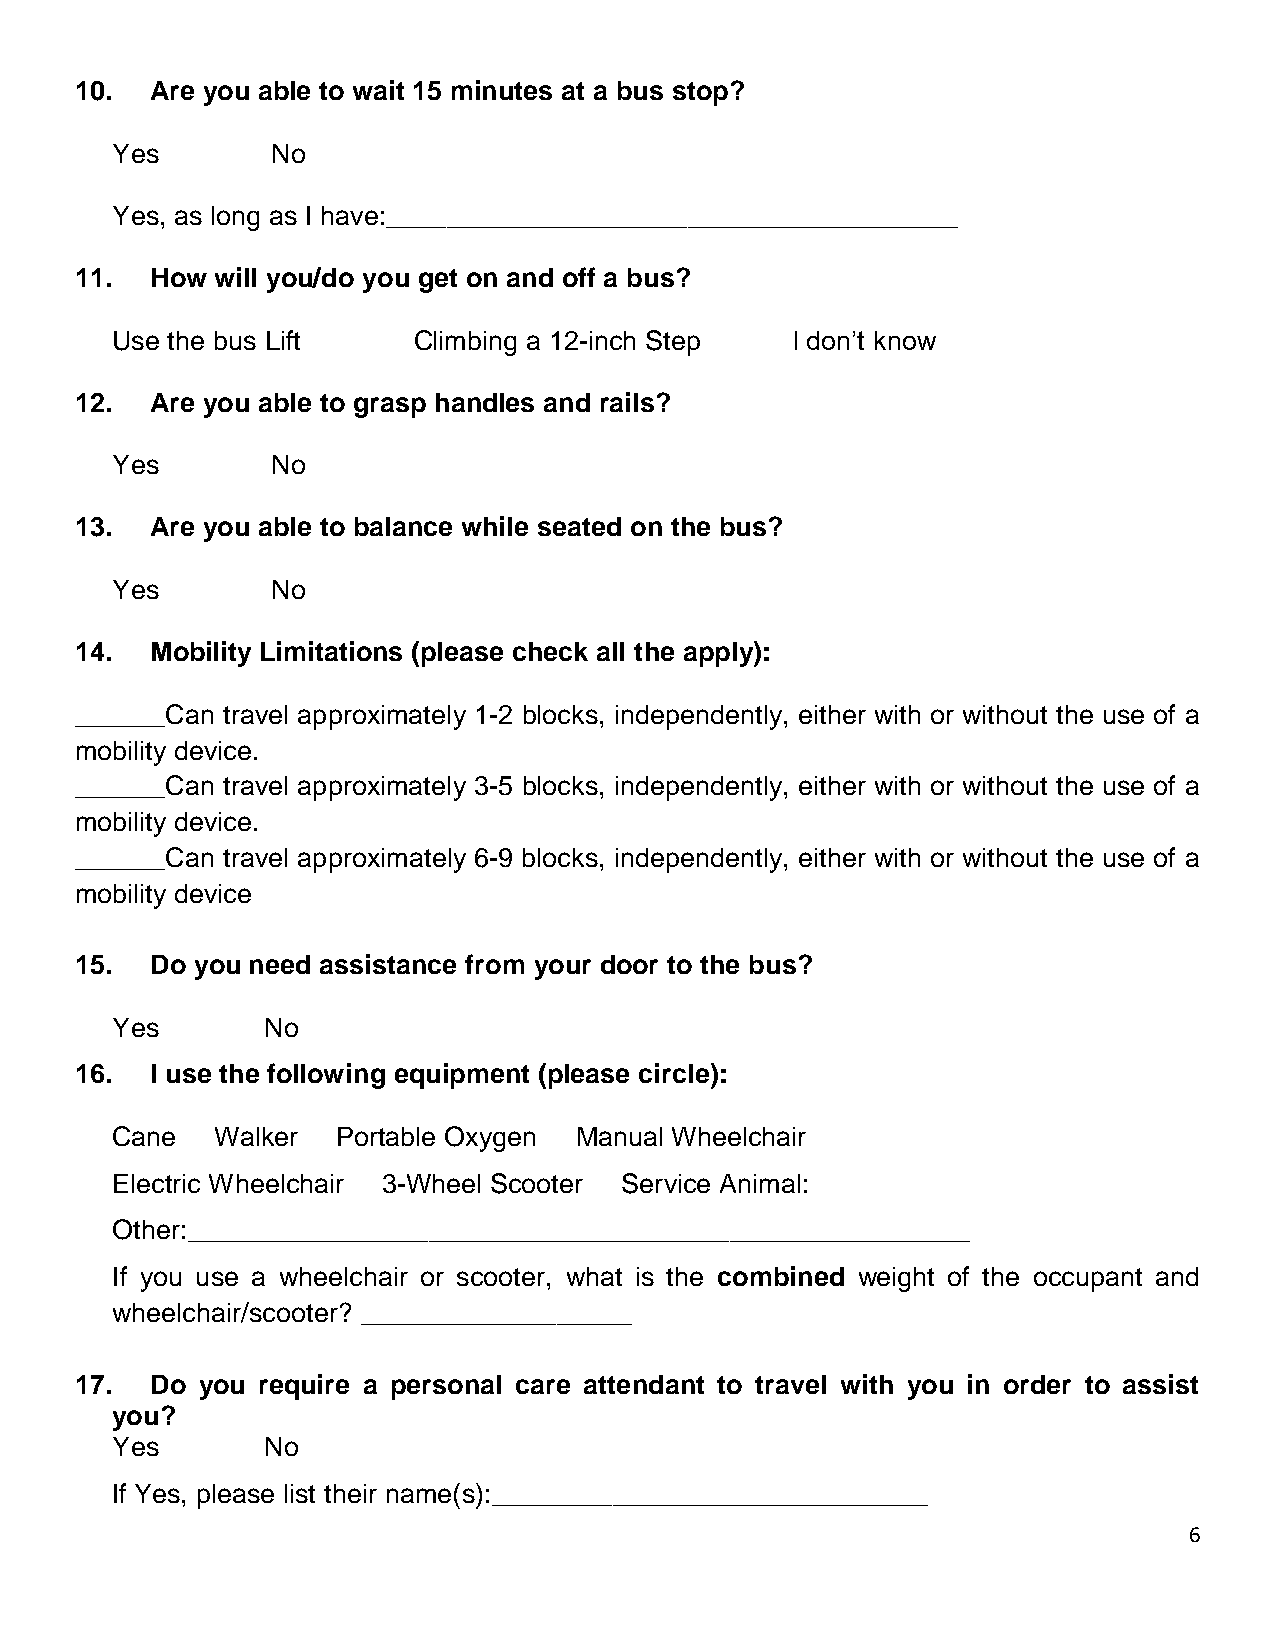
10.  Are you able to wait 15 minutes at a bus stop?
 Yes        No
 Yes, as long as I have:______________________________________
 11.  How will you/do you get on and off a bus?
 Use the bus Lift    Climbing a 12-inch Step  I don’t know
 12.  Are you able to grasp handles and rails?
 Yes        No
 13.  Are you able to balance while seated on the bus?
 Yes        No
 14.  Mobility Limitations (please check all the apply):
 ______Can travel approximately 1-2 blocks, independently, either with or without the use of a
 mobility device.
 ______Can travel approximately 3-5 blocks, independently, either with or without the use of a
 mobility device.
 ______Can travel approximately 6-9 blocks, independently, either with or without the use of a
 mobility device
 15.  Do you need assistance from your door to the bus?
 Yes       No
 16.  I use the following equipment (please circle):
 Cane   Walker  Portable Oxygen Manual Wheelchair
 Electric Wheelchair 3-Wheel Scooter Service Animal:
 Other:____________________________________________________
 If you use a wheelchair or scooter, what is the combined weight of the occupant and
 wheelchair/scooter? __________________
 17.  Do you require a personal care attendant to travel with you in order to assist
 you?
 Yes       No
 If Yes, please list their name(s):_____________________________
 6